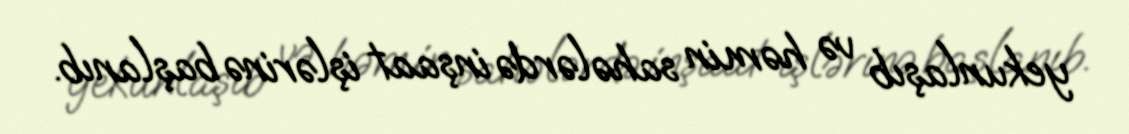
yekunlaşıb və həmin sahələrdə inşaat işlərinə başlanıb.